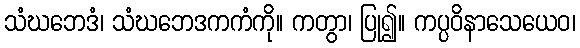
သံဃဘေဒံ၊ သံဃဘေဒကကံကို။ ကတွာ၊ ပြု၍။ ကပ္ပဝိနာသေယေဝ၊